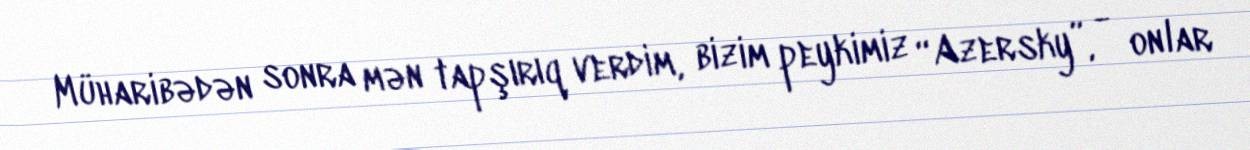
Müharibədən sonra mən tapşırıq verdim, bizim peykimiz “Azersky”, - onlar